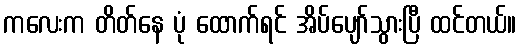
ကလေးက တိတ်နေ ပုံ ထောက်ရင် အိပ်ပျော်သွားပြီ ထင်တယ်။